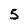
Character: 5